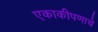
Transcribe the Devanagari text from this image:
एकाकीपणाचे